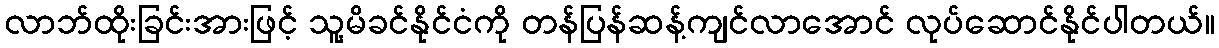
လာဘ်ထိုးခြင်းအားဖြင့် သူ့မိခင်နိုင်ငံကို တန်ပြန်ဆန့်ကျင်လာအောင် လုပ်ဆောင်နိုင်ပါတယ်။